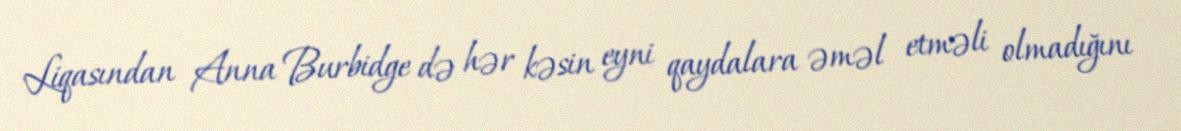
Liqasından Anna Burbidge də hər kəsin eyni qaydalara əməl etməli olmadığını